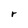
Character: r